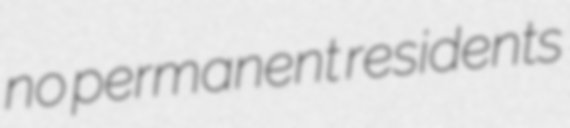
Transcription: no permanent residents